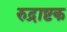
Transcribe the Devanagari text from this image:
रुद्राष्टक